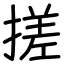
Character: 搓